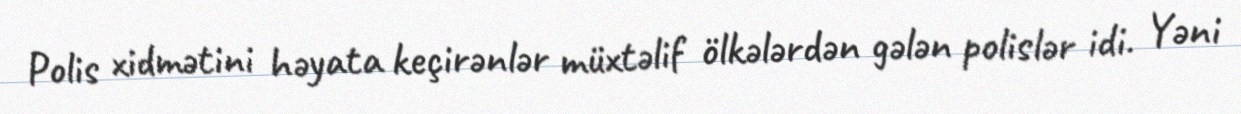
Polis xidmətini həyata keçirənlər müxtəlif ölkələrdən gələn polislər idi. Yəni